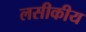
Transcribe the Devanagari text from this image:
लसीकीय